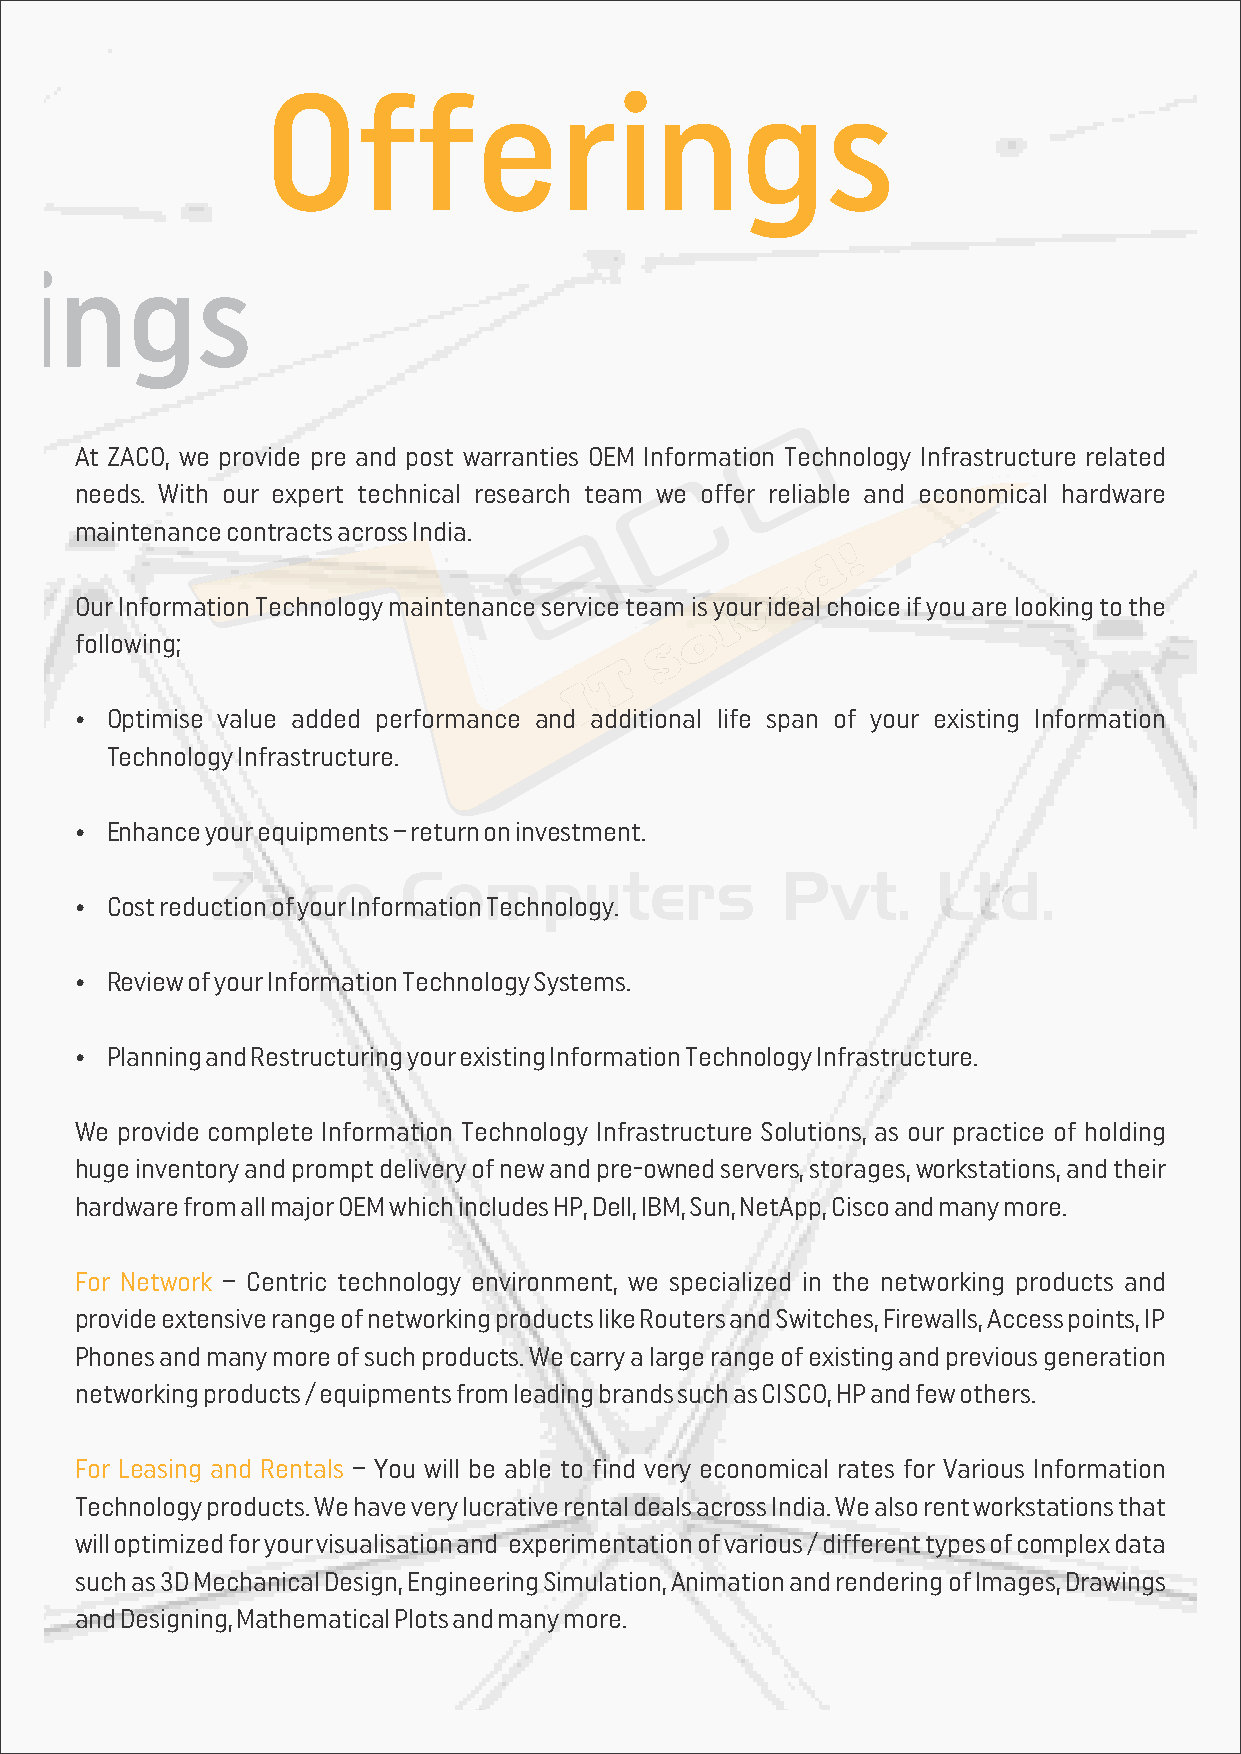
Offerings
 Offerings
 At ZACO, we provide pre and post warranties OEM Information Technology Infrastructure related
 needs. With our expert technical research team we offer reliable and economical hardware
 maintenance contracts across India.
 Our Information Technology maintenance service team is your ideal choice if you are looking to the
 following;
 Ÿ Optimise value added performance and additional life span of your existing Information
 Technology Infrastructure.
 Ÿ Enhance your equipments – return on investment.
 Zaco         Computers                Pvt.      Ltd.
 Ÿ Cost reduction of your Information Technology.
 Ÿ Review of your Information Technology Systems.
 Ÿ Planning and Restructuring your existing Information Technology Infrastructure.
 We provide complete Information Technology Infrastructure Solutions, as our practice of holding
 huge inventory and prompt delivery of new and pre-owned servers, storages, workstations, and their
 hardware from all major OEM which includes HP, Dell, IBM, Sun, NetApp, Cisco and many more.
 For Network – Centric technology environment, we specialized in the networking products and
 provide extensive range of networking products like Routers and Switches, Firewalls, Access points, IP
 Phones and many more of such products. We carry a large range of existing and previous generation
 networking products / equipments from leading brands such as CISCO, HP and few others.
 For Leasing and Rentals – You will be able to find very economical rates for Various Information
 Technology products. We have very lucrative rental deals across India. We also rent workstations that
 will optimized for your visualisation and experimentation of various / different types of complex data
 such as 3D Mechanical Design, Engineering Simulation, Animation and rendering of Images, Drawings
 and Designing, Mathematical Plots and many more.